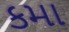
કમા